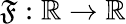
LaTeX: \mathfrak{F}:\mathbb{{R}}\to\mathbb{{R}}